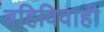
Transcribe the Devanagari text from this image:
बहिविवाही